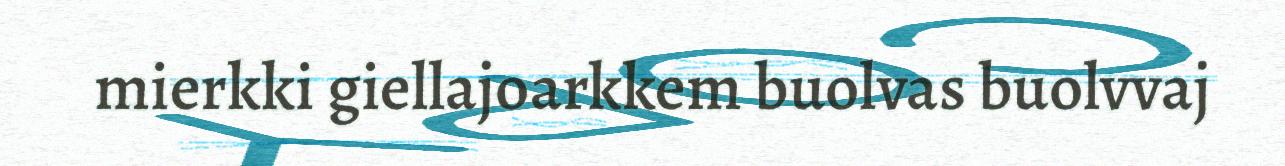
mierkki giellajoarkkem buolvas buolvvaj